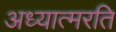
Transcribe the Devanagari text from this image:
अध्यात्मरति